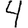
Digit: 4